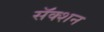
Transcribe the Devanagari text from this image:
सॅक्शन